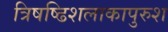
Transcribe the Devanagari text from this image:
त्रिषष्ढिशलाकापुरुश